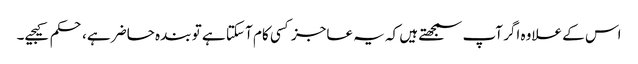
اس کے علاوہ اگر آپ سمجھتے ہیں کہ یہ عاجز کسی کام آ سکتا ہے تو بندہ حاضر ہے، حکم کیجیے۔